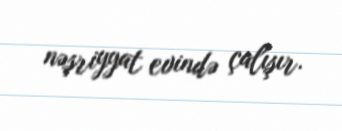
nəşriyyat evində çalışır.